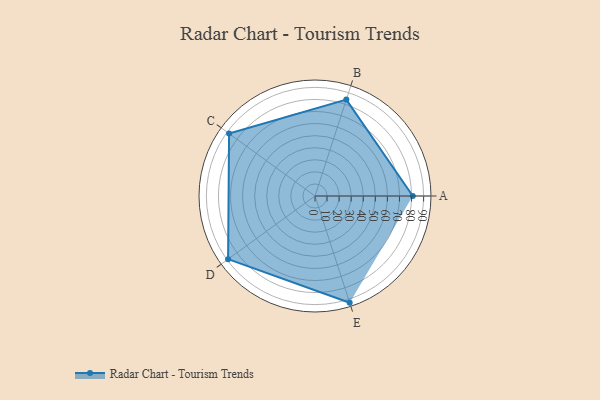
{"axis": {"x": "Skill", "y": "Score"}, "legend": ["Profile"], "data": [{"x": "A", "y": 81.0, "type": "Profile"}, {"x": "B", "y": 84.0, "type": "Profile"}, {"x": "C", "y": 88.0, "type": "Profile"}, {"x": "D", "y": 89.0, "type": "Profile"}, {"x": "E", "y": 93.0, "type": "Profile"}]}